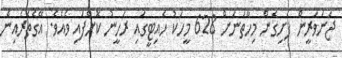
ޖަނަވަރީން ފެށިގެން މިހާތަނަށް 628 މީހަކު ހެއިޓީގައި ރަހީނު ކޮށްފައި ވެއެވެ. އޭގެތެރެއިން